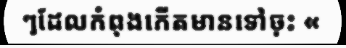
ៗដែលកំពុងកើតមានទៅចុះ «